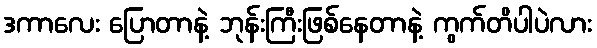
ဒကာလေး ပြောတာနဲ့ ဘုန်းကြီးဖြစ်နေတာနဲ့ ကွက်တိပါပဲလား